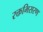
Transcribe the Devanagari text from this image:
रक्तभिसरण